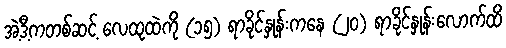
အဲ့ဒီ့ကတစ်ဆင့် လေထုထဲကို (၁၅) ရာခိုင်နှုန်းကနေ (၂၀) ရာခိုင်နှုန်းလောက်ထိ